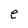
Character: e